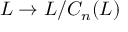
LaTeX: L \to L / C _ { n } ( L )